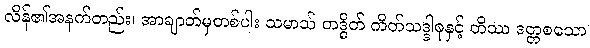
လိန်၏အနက်တည်း၊ အာချာတ်မှတစ်ပါး သမာသ် တဒ္ဓိတ် ကိတ်သဒ္ဒါစုနှင့် တိဿ ဒတ္တစသော